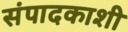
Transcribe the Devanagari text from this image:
संपादकाशी